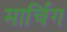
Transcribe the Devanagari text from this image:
मार्चिग